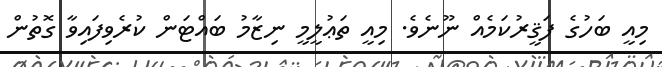
މިއީ ބަހުގެ ފަޤީރުކަމެއް ނޫނެވެ. މިއީ ތަޢުލީމީ ނިޒާމު ބައްޓަން ކުރެވިފައިވާ ގޮތުން